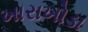
ખારાખોડા